Report on sanitation, dispensaries, and jails in Rajputana for 1918, and on vaccination for the year 1918-1919 - 1918-1919
Year: 1918
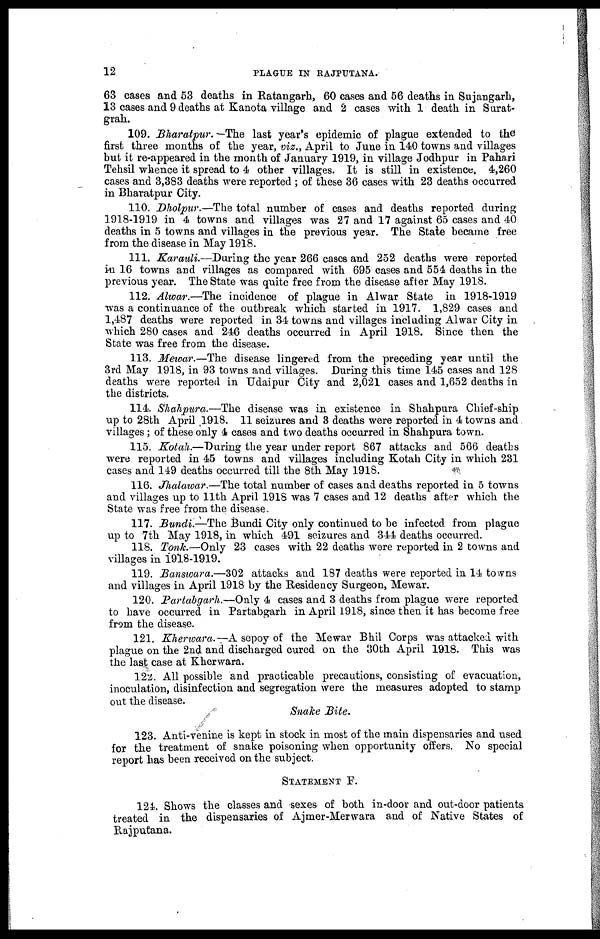
12
PLAGUE IN RAJPUTANA.
63 cases and 53 deaths in Ratangarh, 60 cases and 56 deaths in Sujangarh,
13 cases and 9 deaths at Kanota village and 2 cases with 1 death in Surat-
grah.
109. Bharatpur. The last year's epidemic of plague extended to the
first three months of the year, viz., April to June in 140 towns and villages
but it re-appeared in the month of January 1919, in village Jodhpur in Pahari
Tehsil whence it spread to 4 other villages. It is still in existence. 4,260
cases and 3,383 deaths were reported ; of these 36 cases with 23 deaths occurred
in Bharatpur City.
110. Dholpur.—The total number of cases and deaths reported during
1918-1919 in 4 towns and villages was 27 and 17 against 65 cases and 40
deaths in 5 towns and villages in the previous year. The State became free
from the disease in May 1918.
111. Karauli.—During the year 266 cases and 252 deaths were reported
in 16 towns and villages as compared with 695 cases and 554 deaths in the
previous year. The State was quite free from the disease after May 1918.
112. Alwar.—The incidence of plague in Alwar State in 1918-1919
was a continuance of the outbreak which started in 1917. 1,829 cases and
1,487 deaths were reported in 34 towns and villages including Alwar City in
which 280 cases and 246 deaths occurred in April 1918. Since then the
State was free from the disease.
113. Mewar.—The disease lingered from the preceding year until the
3rd May 1918, in 93 towns and villages. During this time 145 cases and 128
deaths were reported in Udaipur City and 2,021 cases and 1,652 deaths in
the districts.
114. Shahpura.—The disease was in existence in Shahpura Chief-ship
up to 28th April 1918. 11 seizures and 3 deaths were reported in 4 towns and
villages; of these only 4 cases and two deaths occurred in Shahpura town.
115. Kotah.—During the year under report 867 attacks and 566 deaths
were reported in 45 towns and villages including Kotah City in which 231
cases and 149 deaths occurred till the 8th May 1918.
116. Jhalawar.—The total number of cases and deaths reported in 5 towns
and villages up to 11th April 1918 was 7 cases and 12 deaths after which the
State was free from the disease..
117. Bundi.—The Bundi City only continued to be infected from plague
up to 7th May 1918, in which 491 seizures and 344 deaths occurred.
118. Tonk.—Only 23 cases with 22 deaths were reported in 2 towns and
villages in 1918-1919.
119. Banswara.—302 attacks and 187 deaths were reported in 14 towns
and villages in April 1918 by the Residency Surgeon, Mewar.
120. Partabgarh.—Only 4 cases and 3 deaths from plague were reported
to have occurred in Partabgarh in April 1918, since then it has become free
from the disease.
121. Kherwara.—A sepoy of the Mewar Bhil Corps was attacked with
plague on the 2nd and discharged cured on the 30th April 1918. This was
the last case at Kherwara.
122. All possible and practicable precautions, consisting of evacuation,
inoculation, disinfection and segregation were the measures adopted to stamp
out the disease.
Snake Bite.
123. Anti-venine is kept in stock in most of the main dispensaries and used
for the treatment of snake poisoning when opportunity offers. No special
report has been received on the subject.
STATEMENT F.
124. Shows the classes and sexes of both in-door and out-door patients
treated in the dispensaries of Ajmer-Merwara and of Native States of
Rajputana.